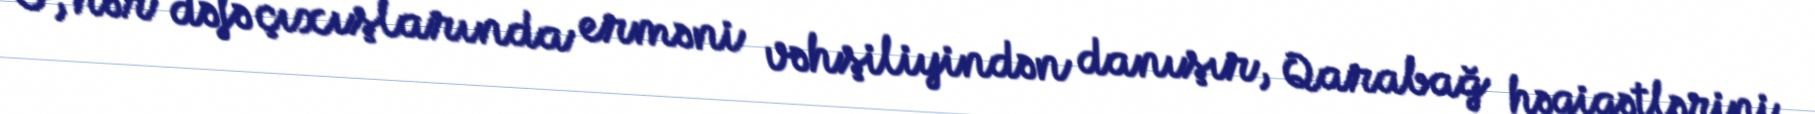
O, hər dəfə çıxışlarında erməni vəhşiliyindən danışır, Qarabağ həqiqətlərini